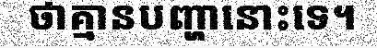
ថាគ្មានបញ្ហានោះទេ។